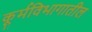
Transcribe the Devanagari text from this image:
कूर्मविभागातील